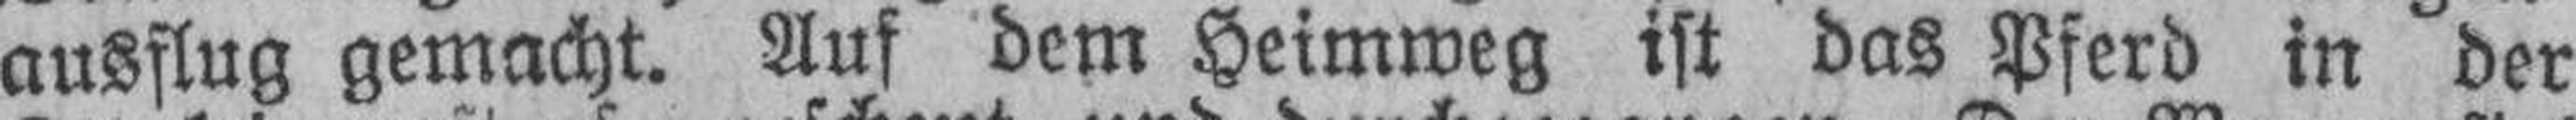
ausflug gemacht. Auf dem Heimweg ist das Pferd in der